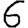
Digit: 6